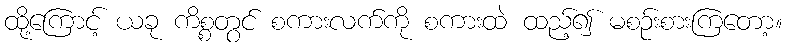
ထို့ကြောင့် ယခု ကိစ္စတွင် စကားလက်ကို စကားထဲ ထည့်၍ မစဉ်းစားကြတော့။